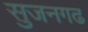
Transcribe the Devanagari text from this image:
सुजनगढ